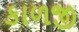
કાળજી